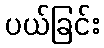
ပယ်ခြင်း